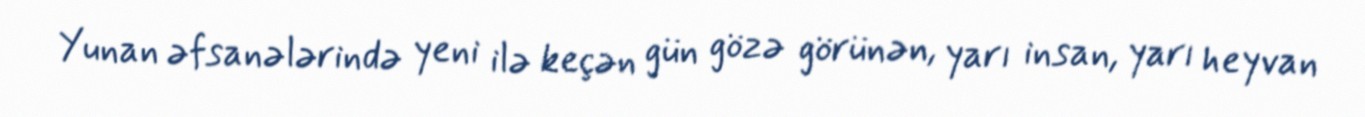
Yunan əfsanələrində yeni ilə keçən gün gözə görünən, yarı insan, yarı heyvan